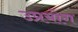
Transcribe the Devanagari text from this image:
उप्रयोग